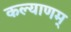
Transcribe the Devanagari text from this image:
कल्‍याणम्